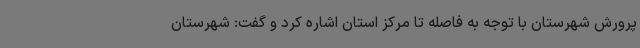
پرورش شهرستان با توجه به فاصله تا مرکز استان اشاره کرد و گفت: شهرستان